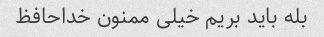
بله باید بریم خیلی ممنون خداحافظ